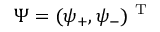
\Psi = ( \psi _ { + } , \psi _ { - } ) ^ { \mathrm { ~ T ~ } }